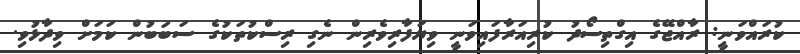
ކުރައްވަނީ: ރާއްޖޭގެ އިގްތިސޯދު ކުރިއަރާފައިވަނީ ވިޔަފާރިވެރިން ނެގި ރިސްކުތަކުގެ ސަބަބުން ކަމަށް ވިދާޅުވި.